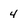
Character: 4